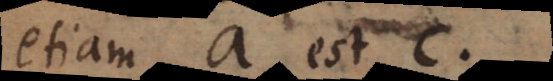
etiam a est c.